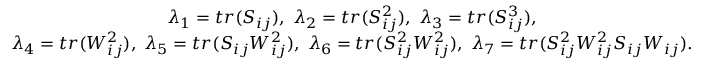
\begin{array} { c } { \lambda _ { 1 } = t r ( S _ { i j } ) , \; \lambda _ { 2 } = t r ( S _ { i j } ^ { 2 } ) , \; \lambda _ { 3 } = t r ( S _ { i j } ^ { 3 } ) , } \\ { \lambda _ { 4 } = t r ( W _ { i j } ^ { 2 } ) , \; \lambda _ { 5 } = t r ( S _ { i j } W _ { i j } ^ { 2 } ) , \; \lambda _ { 6 } = t r ( S _ { i j } ^ { 2 } W _ { i j } ^ { 2 } ) , \; \lambda _ { 7 } = t r ( S _ { i j } ^ { 2 } W _ { i j } ^ { 2 } S _ { i j } W _ { i j } ) . } \end{array}